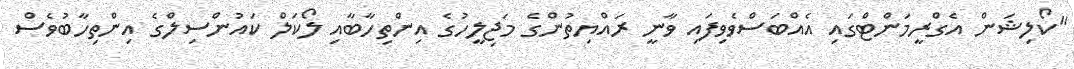
"ކޯލިޝަން އެގްރީމަންޓްގައި އެއްބަސްވެވިފައި ވާނީ ރައްޔިތުންގެ މަޖިލީހުގެ އިންތިހާބާއި ލޯކަލް ކައުންސިލްގެ އިންތިހާބުވެސް